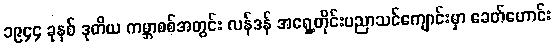
၁၉၄၄ ခုနှစ် ဒုတိယ ကမ္ဘာစစ်အတွင်း လန်ဒန် အရှေ့တိုင်းပညာသင်ကျောင်းမှာ ခေတ်ဟောင်း